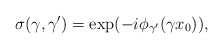
\begin{align*}\sigma(\gamma,\gamma')= \exp(-i \phi_{\gamma'}(\gamma x_0)),\end{align*}